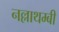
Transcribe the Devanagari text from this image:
नल्लाथम्बी